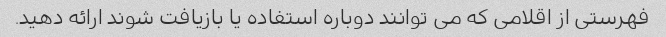
فهرستی از اقلامی که می توانند دوباره استفاده یا بازیافت شوند ارائه دهید.